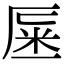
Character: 𠩽